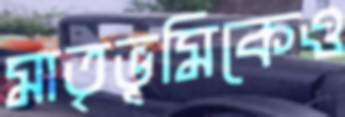
মাতৃভূমিকেও